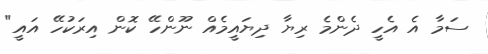
ސަމާ އެ އެހީ ދެންމެ ރިޔާ ދިޔައީމެއް ނޫންހޭ ކޮން އިރަކުހޭ އައީ"